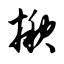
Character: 揪